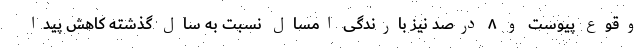
وقوع پیوست و ۸ درصد نیز بارندگی امسال نسبت به سال گذشته کاهش پیدا